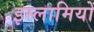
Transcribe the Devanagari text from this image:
इस्लामियों